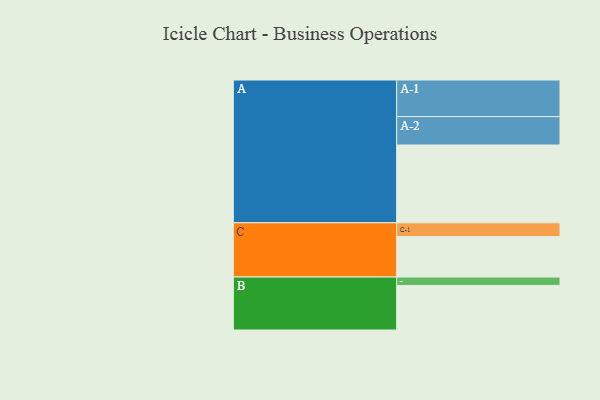
{"axis": {"x": "Segment", "y": "Value"}, "legend": ["", "A", "B", "C"], "data": [{"x": "A", "y": 586, "type": ""}, {"x": "B", "y": 336, "type": ""}, {"x": "C", "y": 305, "type": ""}, {"x": "A-1", "y": 276, "type": "A"}, {"x": "A-2", "y": 214, "type": "A"}, {"x": "B-1", "y": 63, "type": "B"}, {"x": "C-1", "y": 104, "type": "C"}]}